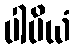
ပါပိယံ